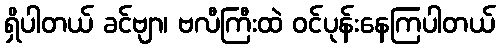
ရှိပါတယ် ခင်ဗျာ၊ ဗလီကြီးထဲ ဝင်ပုန်းနေကြပါတယ်